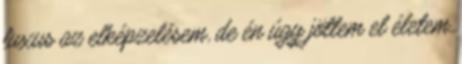
luxus az elképzelésem, de én úgy jöttem el életem